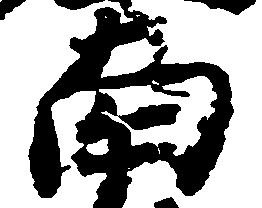
南